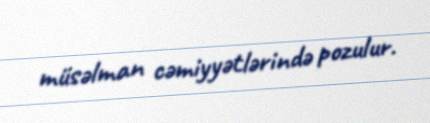
müsəlman cəmiyyətlərində pozulur.